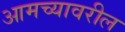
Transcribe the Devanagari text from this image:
आमच्यावरील